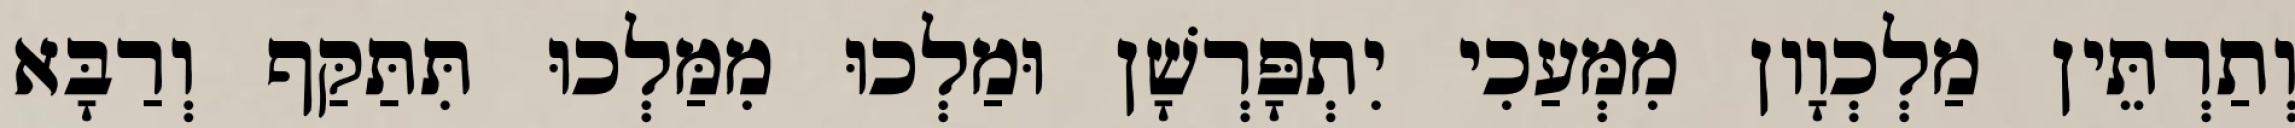
וְתַרְתֵּין מַלְכְוָון מִמְּעַכִי יִתְפָּרְשָׁן וּמַלְכוּ מִמַּלְכוּ תִּתַּקַּף וְרַבָּא